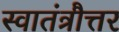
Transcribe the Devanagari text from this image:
स्वातंत्रौत्तर